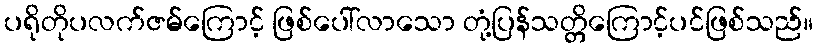
ပရိုတိုပလက်ဇမ်ကြောင့် ဖြစ်ပေါ်လာသော တုံ့ပြန်သတ္တိကြောင့်ပင်ဖြစ်သည်။